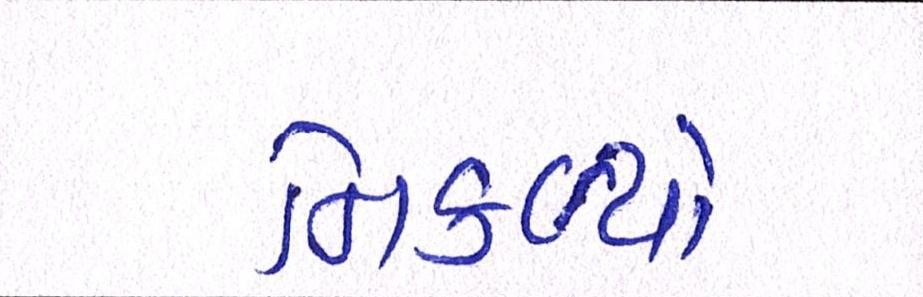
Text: નિકળ્યો